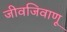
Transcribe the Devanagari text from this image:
जीवजिवाणू